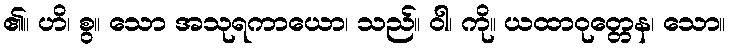
၏။ ဟိ၊ စွ။ သော အသုရကာယော၊ သည်။ ဝါ၊ ကို။ ယထာဝုတ္တေန၊ သော။